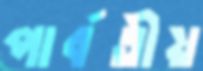
পার্বতীয়